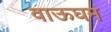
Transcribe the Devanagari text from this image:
वाऊघम